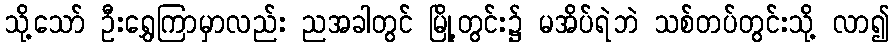
သို့သော် ဦးရွှေကြာမှာလည်း ညအခါတွင် မြို့တွင်း၌ မအိပ်ရဲဘဲ သစ်တပ်တွင်းသို့ လာ၍